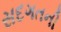
સદગતની